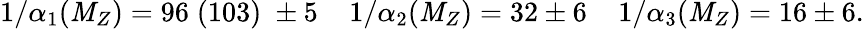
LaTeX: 1/\alpha_{1}(\mathit{M}_{Z})=96\; (103)\; \pm5\; \; \; \; 1/\alpha_{2}(\mathit{M}_{Z})=32\pm6\; \; \; \; 1/\alpha_{3}(\mathit{M}_{Z})=16\pm6.